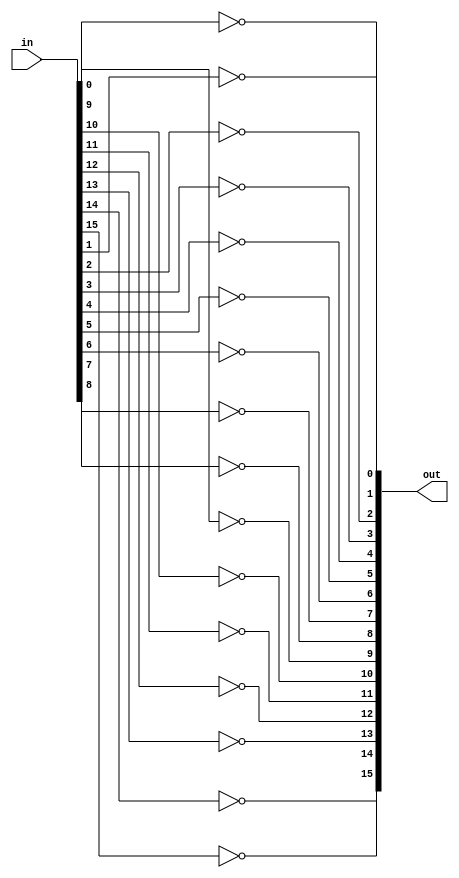

//16bit inverter  
module inv16(in, out);
    
  input [15:0] in;
  output [15:0] out;
  not not1(out[0], in[0]),
    not2(out[1], in[1]),
    not3(out[2], in[2]),
    not4(out[3], in[3]),
    not5(out[4], in[4]),
    not6(out[5], in[5]),
    not7(out[6], in[6]),
    not8(out[7], in[7]),
    not9(out[8], in[8]),
    not10(out[9], in[9]),
    not11(out[10], in[10]),
    not12(out[11], in[11]),
    not13(out[12], in[12]),
    not14(out[13], in[13]),
    not15(out[14], in[14]),
    not16(out[15], in[15]);
endmodule

//16 bit inverter test module
module main;
reg[15:0] inputInverter;
wire[15:0] outputInverter ;
inv16 zap(inputInverter, outputInverter);
  initial 
    begin
      inputInverter = 16'b0000000011111111;
      #10
      $display("Testing of 16 bit inverter---------");
      $display("Initial value is %b", inputInverter);
      $display("Output value is  %b", outputInverter);
      $finish ;
    end

endmodule